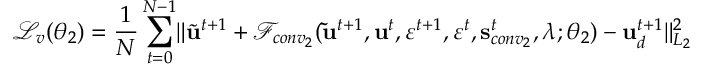
\mathcal { L } _ { v } ( \boldsymbol { \theta } _ { 2 } ) = \frac { 1 } { N } \sum _ { t = 0 } ^ { N - 1 } \lVert \widetilde { \mathbf { u } } ^ { t + 1 } + \mathscr { F } _ { c o n v _ { 2 } } ( \mathbf { \widetilde { u } } ^ { t + 1 } , \mathbf { u } ^ { t } , \varepsilon ^ { t + 1 } , \varepsilon ^ { t } , \mathbf { s } _ { c o n v _ { 2 } } ^ { t } , \boldsymbol { \lambda } ; \boldsymbol { \theta } _ { 2 } ) - \mathbf { u } _ { d } ^ { t + 1 } \rVert _ { L _ { 2 } } ^ { 2 }